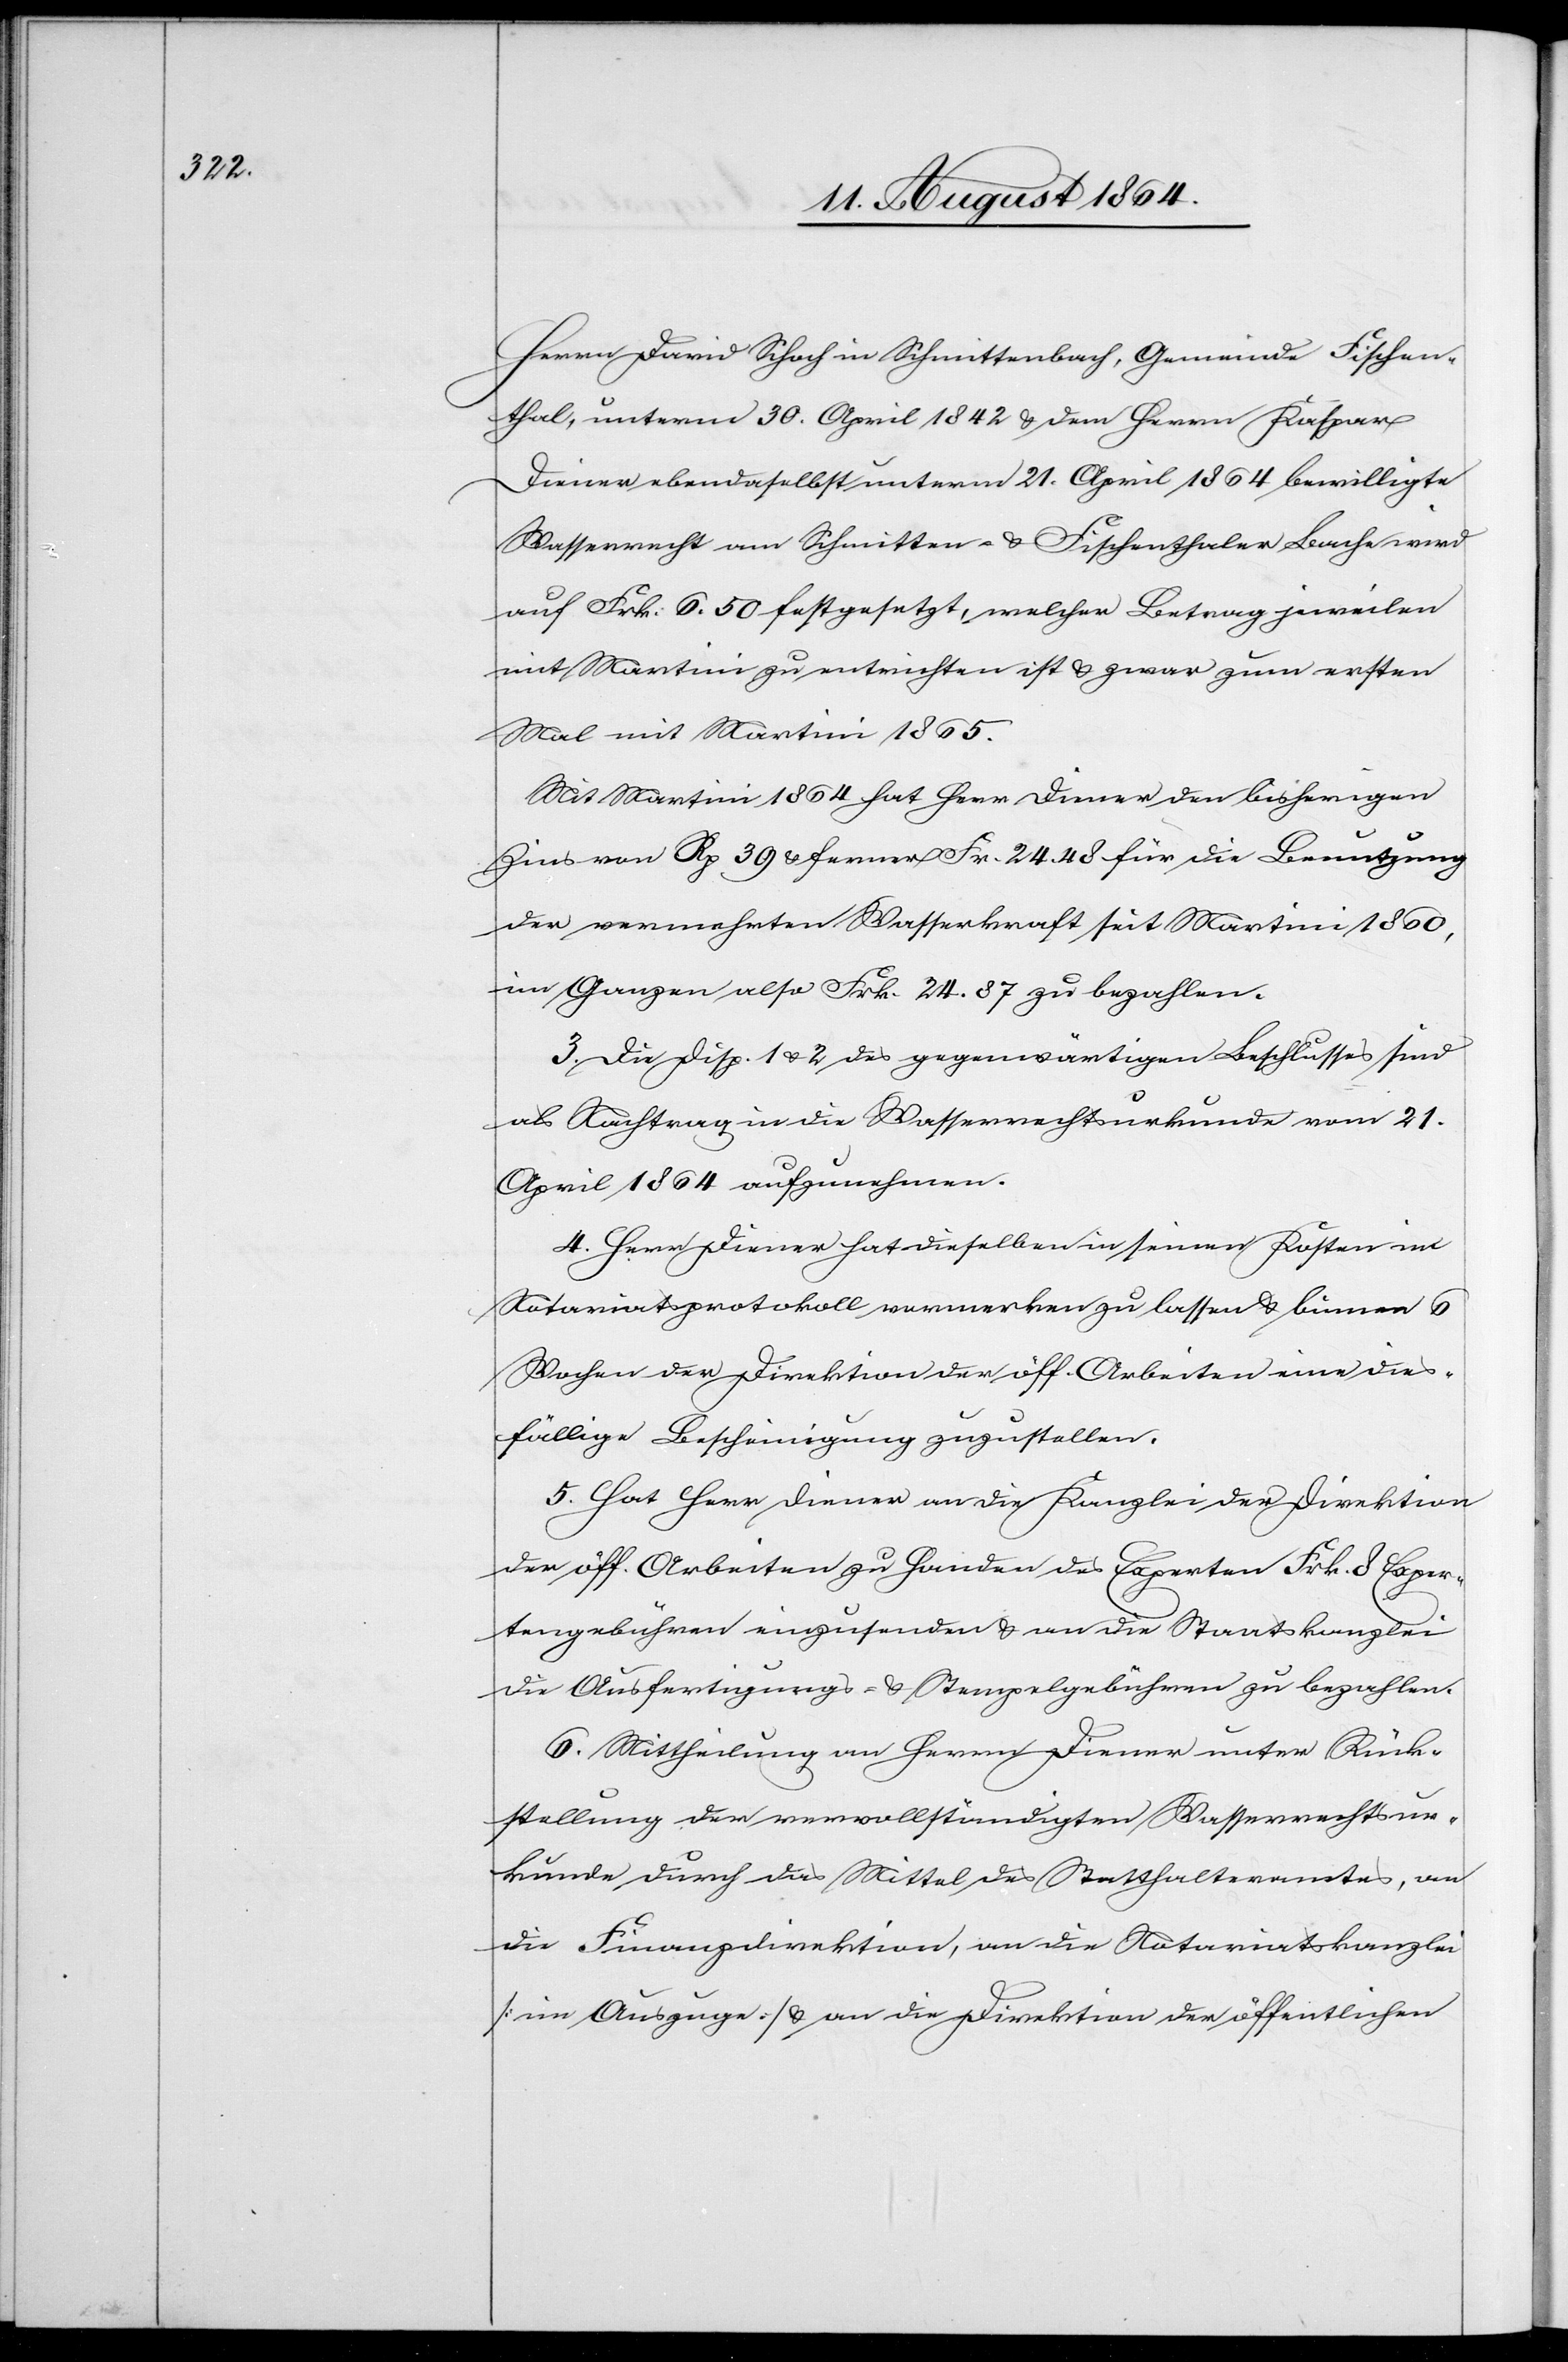
Herrn David Schoch in Schmittenbach, Gemeinde Fischen¬
thal, unterm 30. April 1842 & dem Herrn Kaspar
Diener ebendaselbst unterm 21. April 1864 bewilligte
Wasserrecht am Schmitten- & Fischenthaler Bache wird
auf Frk. 6.50 festgesetzt, welcher Betrag jeweilen
mit Martini zu entrichten ist & zwar zum ersten
Mal mit Martini 1865.
Mit Martini 1864 hat Herr Diener den bisherigen
Zins von Rp. 39 & ferner Fr. 24.48 für die Benutzung
der vermehrten Wasserkraft seit Martini 1860
im Ganzen also Frk. 24.87 zu bezahlen.
3. Die Disp. 1 & 2 des gegenwärtigen Beschlusses sind
als Nachtrag in die Wasserrechtsurkunde vom 21.
April 1854 aufzunehmen.
4. Herr Diener hat dieselben in seinen Kosten im
Notariatsprotokoll vormerken zu lassen & binnen 6
Wochen der Direktion der öff. Arbeiten eine dies¬
fällige Bescheinigung zuzustellen.
5. Hat Herr Diener an die Kanzlei der Direktion
der öff. Arbeiten zu Handen des Experten Frk. 8 Exper¬
tengebühren einzusenden & an die Staatskanzlei
die Ausfertigungs- & Stempelgebühren zu bezahlen.
6. Mittheilung an Herrn Diener unter Rück¬
stellung der vervollständigten Wasserrechtsur¬
kunde durch das Mittel des Statthalteramtes, an
die Finanzdirektion, an die Notariatskanzlei
[im Auszuge] & an die Direktion der öffentlichen